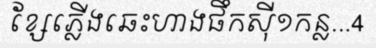
ខ្សែភ្លើងឆេះហាងផឹកស៊ី១កន្ល...4